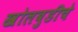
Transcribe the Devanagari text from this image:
खोलबुडीचे